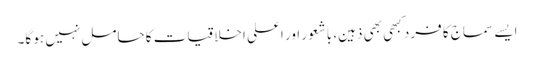
ایسے سماج کا فرد کبھی بھی ذہین، باشعور اور اعلی اخلاقیات کا حامل نہیں ہو گا۔